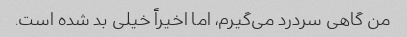
من گاهی سردرد می‌گیرم، اما اخیراً خیلی بد شده است.